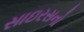
સાઇરસનો